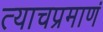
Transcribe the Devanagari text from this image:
त्याचप्रमाणं